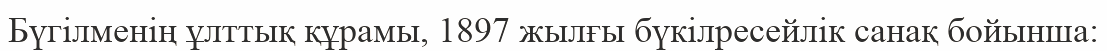
Бүгілменің ұлттық құрамы, 1897 жылғы бүкілресейлік санақ бойынша: